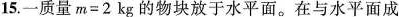
15.一质量$$m = 2 k g$$的物块放于水平面。在与水平面成